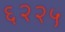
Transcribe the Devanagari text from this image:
६२२५